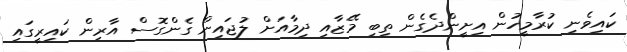
ކައިވެނި ކުރާމީހުން އިށީންދެގެން ތިބި މޭޒާއި ދިމާއަށް ލުޖައިން ގެންގޮސް އާރިން ކައިރީގައި